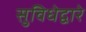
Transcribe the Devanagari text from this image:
सुविधेद्वारे